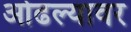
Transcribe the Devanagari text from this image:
ओढल्यावर